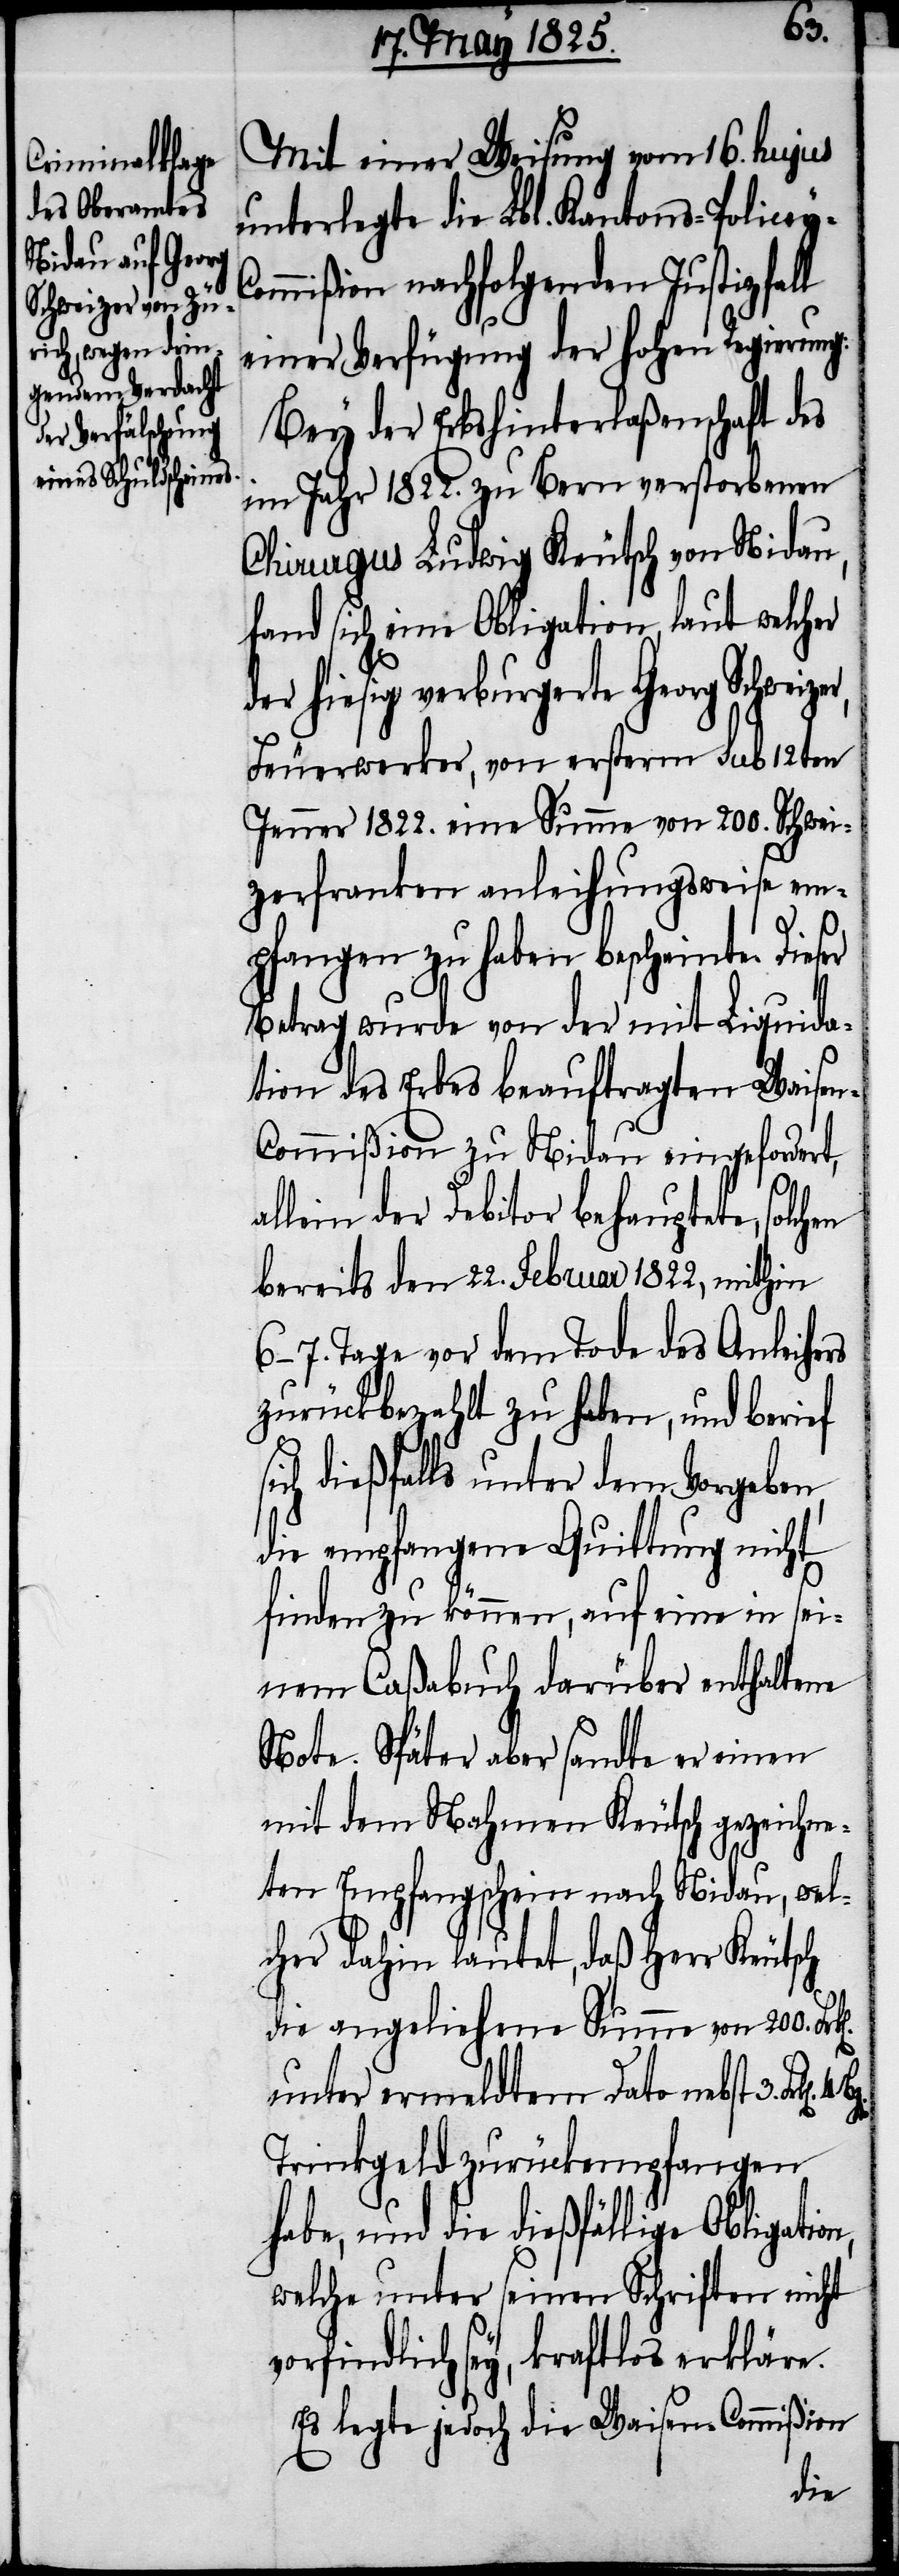
on,
Mit einer Weisung vom 16. hujus
unterlegte die Lbl. Kantons-Policey-C¬
ommißion nachfolgende Justizhaft
einer Verfügung der hohen Regierung:
Bey der Erbshinterlaßenschaft des
im Jahr 1822. zu Bern verstorbenen
Chirurgus Ludwig Keutsch von Nidau,
fand sich eine Obligation, laut welcher
der hiesig verburgerte Georg Schweiz¬
Feuerwerker, von ersterm sub 12ten
Jenner 1822. eine Summe von 200. Schwei¬
zerfranken anleihungsweise em¬
pfangen zu haben bescheinte. Dieser
Betrag wurde von der mit Liquida¬
tion des Erbes beauftragten Waise¬
n-Commißion zu Nidau eingefordert,
allein der Debitor behauptete, solchen
bereits den 22. Februar 1822, mithin
6-7. Tage vor dem Tode des Anleihens
zurückbezahlt zu haben, und berief
ich dießfalls unter dem Vorgeben,
die empfangene Quittung nicht
finden zu können, auf eine in sei¬
nem Caßabuch darüber enthaltene
Note. Später aber sandte er einen
mit dem Nahmen Keutsch gezeichne¬
ten Empfangschein nach Nidau, wel¬
cher dahin lautet, daß Herr Keutsch
die angeliehene Summe von 200.
unter ermeldtem Dato nebst 3.
Trinkgeld zurückempfangen
habe, und die dießfällige Obligati¬
welche unter seinen Schriften nicht
vorfindlich sey, kraftlos erkläre.
Es legte jedoch die Waisen-Commißion